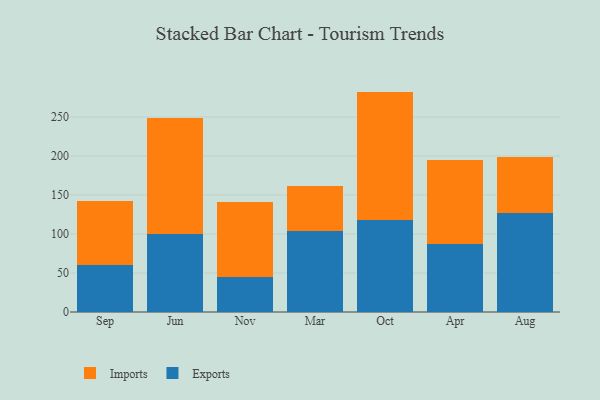
{"axis": {"x": "Month", "y": "Page Views"}, "legend": ["Exports", "Imports"], "data": [{"x": "Sep", "y": 60.0, "type": "Exports"}, {"x": "Sep", "y": 82.7, "type": "Imports"}, {"x": "Jun", "y": 100.4, "type": "Exports"}, {"x": "Jun", "y": 148.6, "type": "Imports"}, {"x": "Nov", "y": 44.8, "type": "Exports"}, {"x": "Nov", "y": 95.7, "type": "Imports"}, {"x": "Mar", "y": 104.3, "type": "Exports"}, {"x": "Mar", "y": 57.0, "type": "Imports"}, {"x": "Oct", "y": 117.6, "type": "Exports"}, {"x": "Oct", "y": 164.9, "type": "Imports"}, {"x": "Apr", "y": 86.7, "type": "Exports"}, {"x": "Apr", "y": 108.5, "type": "Imports"}, {"x": "Aug", "y": 127.1, "type": "Exports"}, {"x": "Aug", "y": 71.9, "type": "Imports"}]}